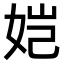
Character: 𫝧